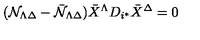
( { \cal N } _ { \Lambda \Delta } - { \bar { \cal N } } _ { \Lambda \Delta } ) { \bar { X } } ^ { \Lambda } D _ { i ^ { * } } { \bar { X } } ^ { \Delta } = 0